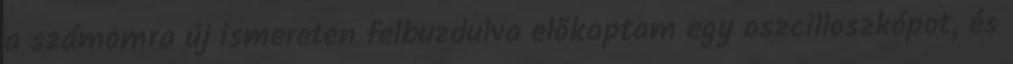
a számomra új ismereten felbuzdulva elõkaptam egy oszcilloszkópot, és